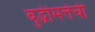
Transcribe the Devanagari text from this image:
बुद्धीमत्तेची